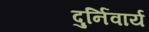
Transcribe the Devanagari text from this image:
दुर्निवार्य